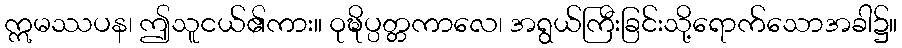
ဣမဿပန၊ ဤသူငယ်၏ကား။ ဝုဍ္ဎိပ္ပတ္တကာလေ၊ အရွယ်ကြီးခြင်းသို့ရောက်သောအခါ၌။